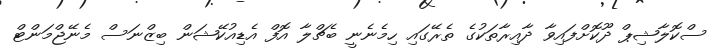
ސްކޮލާޝިޕް ދޫކޮށްފައިވާ ދާއިރާތަކުގެ ތެރޭގައި ހިމެނެނީ ބެޗްލާ އޮފް އެޑިއުކޭޝަން ބިޒްނަސް މެނޭޖްމަންޓް